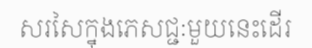
សរសៃក្នុងភេសជ្ជៈមួយនេះដើរ